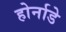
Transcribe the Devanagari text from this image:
होर्नाडे